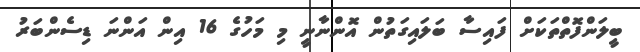
ބީލަންފޮތްތަކަށް ފައިސާ ބަލައިގަތުން އޮންނާނީ މި މަހުގެ 16 އިން އަންނަ ޑިސެންބަރު